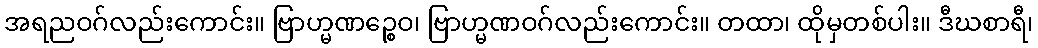
အရညဝဂ်လည်းကောင်း။ ဗြာဟ္မဏဉ္စေဝ၊ ဗြာဟ္မဏဝဂ်လည်းကောင်း။ တထာ၊ ထိုမှတစ်ပါး။ ဒီဃစာရီ၊